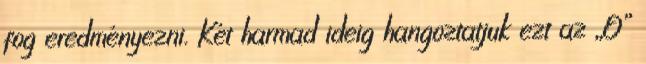
fog eredményezni. Két harmad ideig hangoztatjuk ezt az „O”